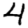
Digit: 4